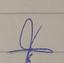
Signature authenticity: forged